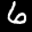
Label: 6